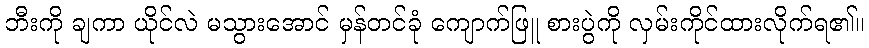
ဘီးကို ချကာ ယိုင်လဲ မသွားအောင် မှန်တင်ခုံ ကျောက်ဖြူ စားပွဲကို လှမ်းကိုင်ထားလိုက်ရ၏။